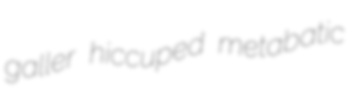
galler hiccuped metabatic